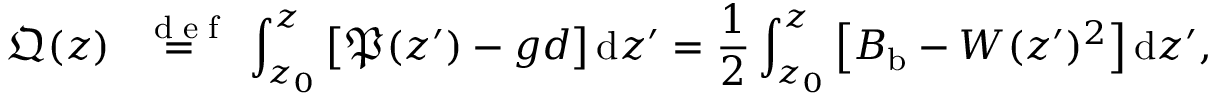
\mathfrak { Q } ( z ) \stackrel { \mathrm { ~ \tiny ~ { ~ d ~ e ~ f ~ } ~ } } { = } \int _ { z _ { 0 } } ^ { z } \left[ \mathfrak { P } ( z ^ { \prime } ) - g d \right] \mathrm { d } z ^ { \prime } = \frac { 1 } { 2 } \int _ { z _ { 0 } } ^ { z } \left[ { B } _ { \mathrm { b } } - W ( z ^ { \prime } ) ^ { 2 } \right] \mathrm { d } z ^ { \prime } ,